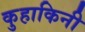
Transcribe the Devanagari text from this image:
कुहाकिनी